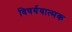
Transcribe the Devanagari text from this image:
विषर्ययात्मक